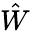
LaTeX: \hat{W}